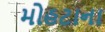
મોહટાના